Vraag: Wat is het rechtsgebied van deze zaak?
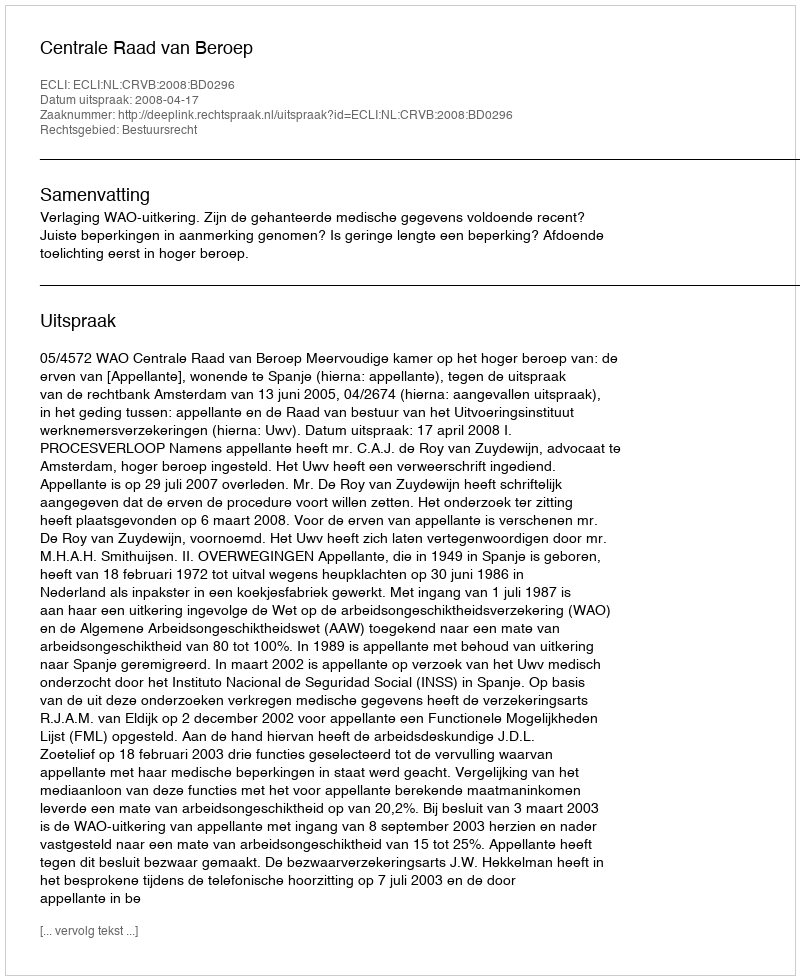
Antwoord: Bestuursrecht